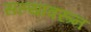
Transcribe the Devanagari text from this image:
सल्यावरून